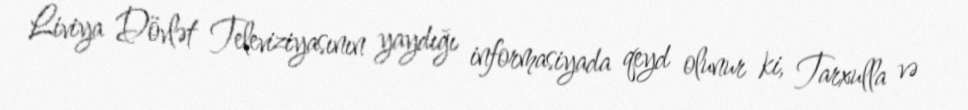
Liviya Dövlət Televiziyasının yaydığı informasiyada qeyd olunur ki, Tarxulla və